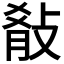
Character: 𭣷